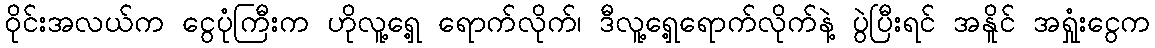
ဝိုင်းအလယ်က ငွေပုံကြီးက ဟိုလူ့ရှေ့ ရောက်လိုက်၊ ဒီလူ့ရှေ့ရောက်လိုက်နဲ့ ပွဲပြီးရင် အနိူင် အရှုံးငွေက